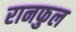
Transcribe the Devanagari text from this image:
रानफुल